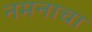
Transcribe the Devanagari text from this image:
नमनाचा